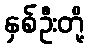
နှစ်ဦးတို့